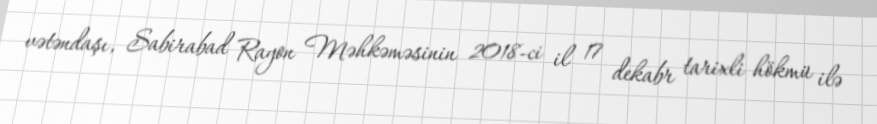
vətəndaşı, Sabirabad Rayon Məhkəməsinin 2018-ci il 17 dekabr tarixli hökmü ilə